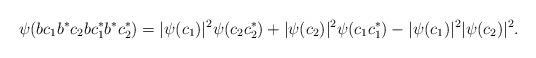
LaTeX: \begin{align*}\psi(bc_1b^*c_2bc_1^*b^*c_2^*)=|\psi(c_1)|^2\psi(c_2c_2^*)+|\psi(c_2)|^2\psi(c_1c_1^*)-|\psi(c_1)|^2|\psi(c_2)|^2.\end{align*}